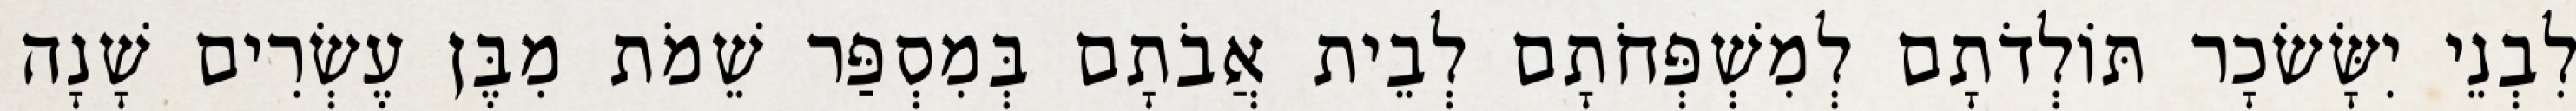
לִבְנֵי יִשָּׂשׂכָר תּוֹלְדֹתָם לְמִשְׁפְּחֹתָם לְבֵית אֲבֹתָם בְּמִסְפַּר שֵׁמֹת מִבֶּן עֶשְׂרִים שָׁנָה